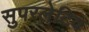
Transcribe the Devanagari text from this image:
सुपरलेटिव